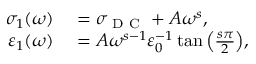
\begin{array} { r l } { \sigma _ { 1 } ( \omega ) } & { { } = \sigma _ { \mathrm { ~ D ~ C ~ } } + A \omega ^ { s } , } \\ { \varepsilon _ { 1 } ( \omega ) } & { { } = A \omega ^ { s - 1 } \varepsilon _ { 0 } ^ { - 1 } \tan { \left( \frac { s \pi } { 2 } \right) } , } \end{array}